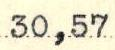
30,57